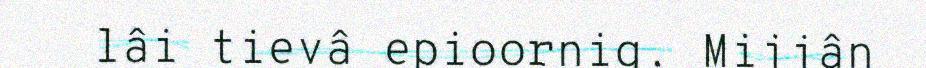
lâi tievâ epioornig. Mijjân